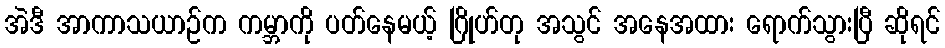
အဲဒီ အာကာသယာဉ်က ကမ္ဘာကို ပတ်နေမယ့် ဂြိုဟ်တု အသွင် အနေအထား ရောက်သွားပြီ ဆိုရင်